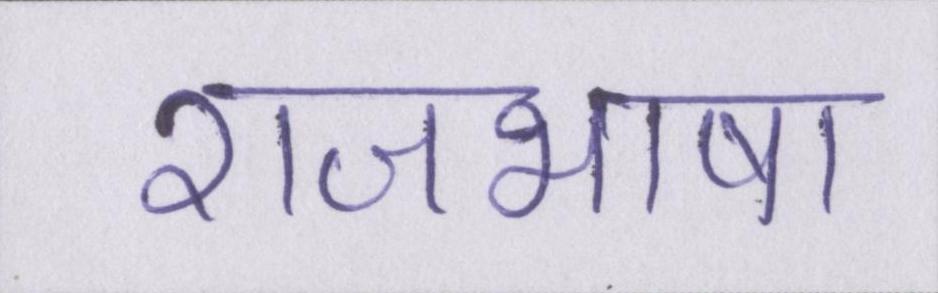
राजभाषा